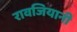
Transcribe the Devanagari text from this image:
रावजियानी